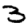
Digit: 3